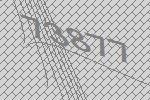
73877